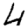
Digit: 4